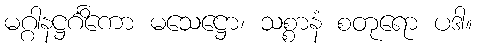
မဂ္ဂါနဋ္ဌင်္ဂိကော မသေဋ္ဌော၊ သစ္စာနံ စတုရော ပဒါ။